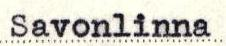
Savonlinna